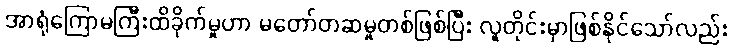
အာရုံကြောမကြီးထိခိုက်မှုဟာ မတော်တဆမှုတစ်ဖြစ်ပြီး လူတိုင်းမှာဖြစ်နိုင်သော်လည်း